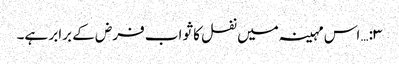
۳:… اس مہینہ میں نفل کا ثواب فرض کے برابر ہے۔